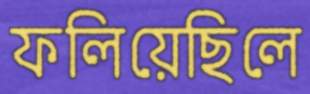
ফলিয়েছিলে